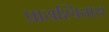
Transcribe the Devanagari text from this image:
प्रायश्चित्तास